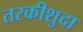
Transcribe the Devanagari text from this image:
तरकीशुदा